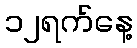
၁၂ရက်နေ့